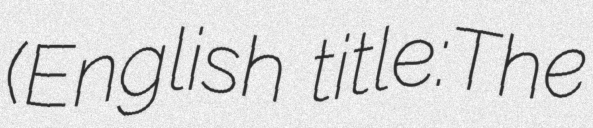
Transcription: (English title:The